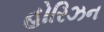
હોરિઝન